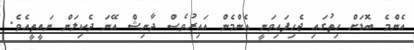
އެންމެ ބޮޑަށް ހިތުގައި ޖެހިފައިވަނީ އެންމެން އައިރުވެސް ދާނިޝް އޭނަ ދެކިލަން ނައީތީއެވެ.